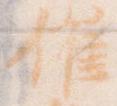
催